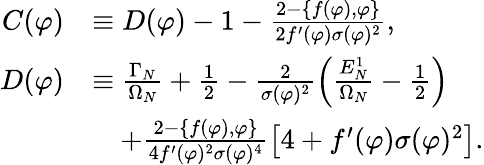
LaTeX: \begin{array}{rl}{C(\varphi)}&{\equiv D(\varphi)-1-\frac{2-\{ f(\varphi),\varphi\} }{2f^{\prime}(\varphi)\sigma(\varphi)^{2}},}\\ {D(\varphi)}&{\equiv\frac{\Gamma_{N}}{\Omega_{N}}+\frac{1}{2}-\frac{2}{\sigma(\varphi)^{2}}\left(\frac{E_{N}^{1}}{\Omega_{N}}-\frac{1}{2}\right)}\\ &{\quad+\frac{2-\{ f(\varphi),\varphi\} }{4f^{\prime}(\varphi)^{2}\sigma(\varphi)^{4}}\left[4+f^{\prime}(\varphi)\sigma(\varphi)^{2}\right].}\end{array}